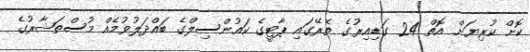
ކޮށް ކުރިޔަށް އޮތް 24 ގަޑިއިރުގެ ތެރޭގައި ޕާޓީގެ ކައުންސިލްގެ ބައްދަލުވުމެއް މުސްތަޝާރުގެ